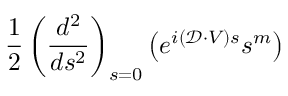
\frac { 1 } { 2 } \left( \frac { d ^ { 2 } } { d s ^ { 2 } } \right) _ { s = 0 } \left( e ^ { i ( \mathcal { D } \cdot V ) s } s ^ { m } \right)